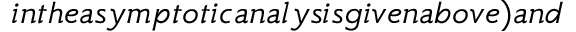
i n t h e a s y m p t o t i c a n a l y s i s g i v e n a b o v e ) a n d